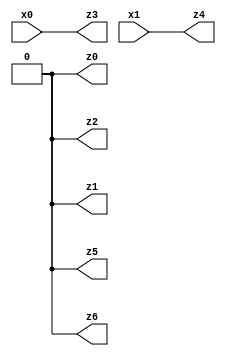
// Benchmark "X_34" written by ABC on Wed Jun 07 19:58:56 2023

module X_34 ( 
    x0, x1,
    z0, z1, z2, z3, z4, z5, z6  );
  input  x0, x1;
  output z0, z1, z2, z3, z4, z5, z6;
  assign z0 = 1'b0;
  assign z1 = 1'b0;
  assign z2 = 1'b0;
  assign z3 = x1 ? x0 : x0;
  assign z4 = x0 ? x1 : x1;
  assign z5 = 1'b0;
  assign z6 = 1'b0;
endmodule